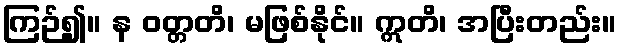
ကြဉ်၍။ န ဝတ္တတိ၊ မဖြစ်နိုင်။ ဣတိ၊ အပြီးတည်း။